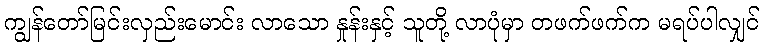
ကျွန်တော်မြင်းလှည်းမောင်း လာသော နှုန်းနှင့် သူတို့ လာပုံမှာ တဖက်ဖက်က မရပ်ပါလျှင်